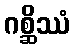
ဂစ္ဆိဿံ